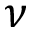
\nu